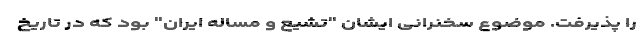
را پذیرفت. موضوع سخنرانی ایشان "تشیع و مساله ایران" بود که در تاریخ